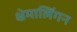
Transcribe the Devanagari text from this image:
क्षेमालिंगन